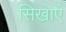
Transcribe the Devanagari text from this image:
सिखाएं